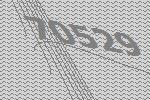
70529